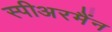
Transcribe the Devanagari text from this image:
स्पीअरमैंन